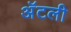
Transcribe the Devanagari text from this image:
अॅटली